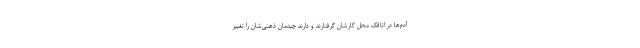
آدم‌ها در اتاقک محل کارشان گرفتارند و دارند چیدمان ذهنی‌شان را تغییر